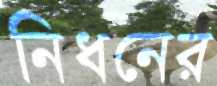
নিধনের